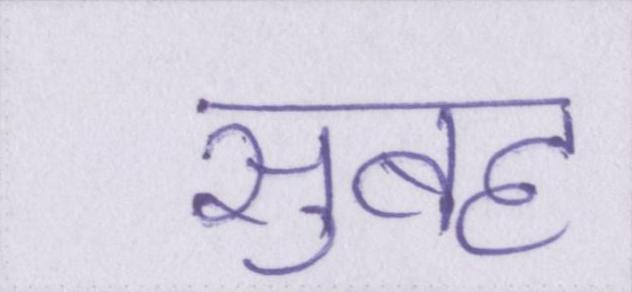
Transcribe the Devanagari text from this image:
सुबह